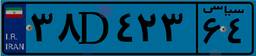
۳۸D۴۲۳۶۴